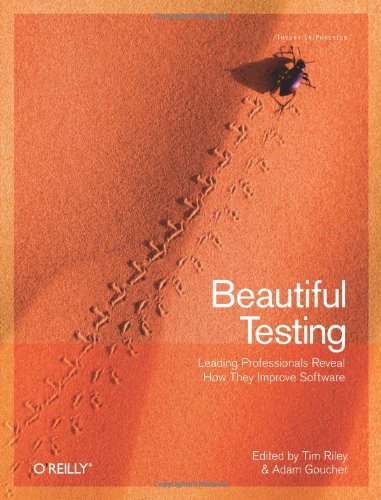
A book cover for Beautiful Testing: Leading Professionals Reveal How They Improve Software (Theory in Practice); Computers & Technology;